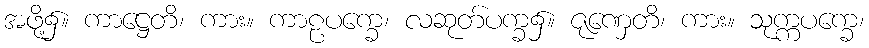
အဖို့၌။ ကာဋ္ဌေတိ၊ ကား။ ကာဠပက္ခေ၊ လဆုတ်ပက္ခ၌။ ဇုဏှေတိ၊ ကား။ သုက္ကပက္ခေ၊